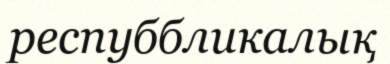
респуббликалық